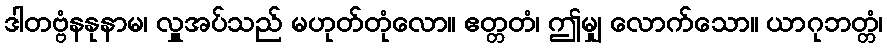
ဒါတဗ္ဗံနနုနာမ၊ လှူအပ်သည် မဟုတ်တုံလော။ ဧတ္တတံ၊ ဤမျှ လောက်သော။ ယာဂုဘတ္တံ၊